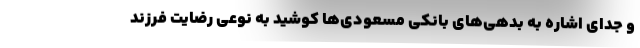
و جدای اشاره به بدهی‌های بانکی مسعودی‌ها کوشید به نوعی رضایت فرزند